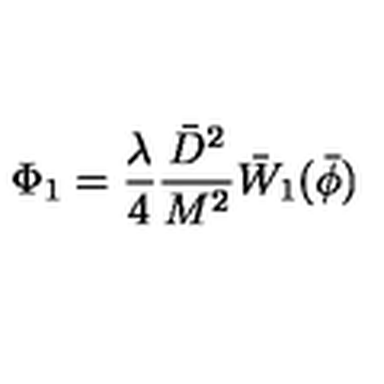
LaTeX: \Phi _ { 1 } = \frac { \lambda } { 4 } \frac { \bar { D } ^ { 2 } } { M ^ { 2 } } \bar { W } _ { 1 } ( \bar { \phi } )